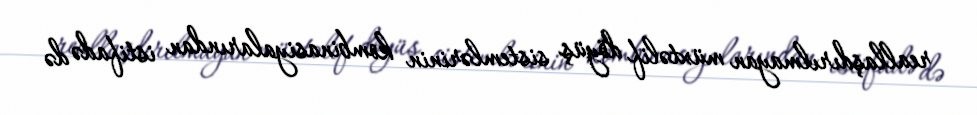
reallaşdırılmayan müxtəlif döyüş sistemlərinin kombinasiyalarından istifadə də